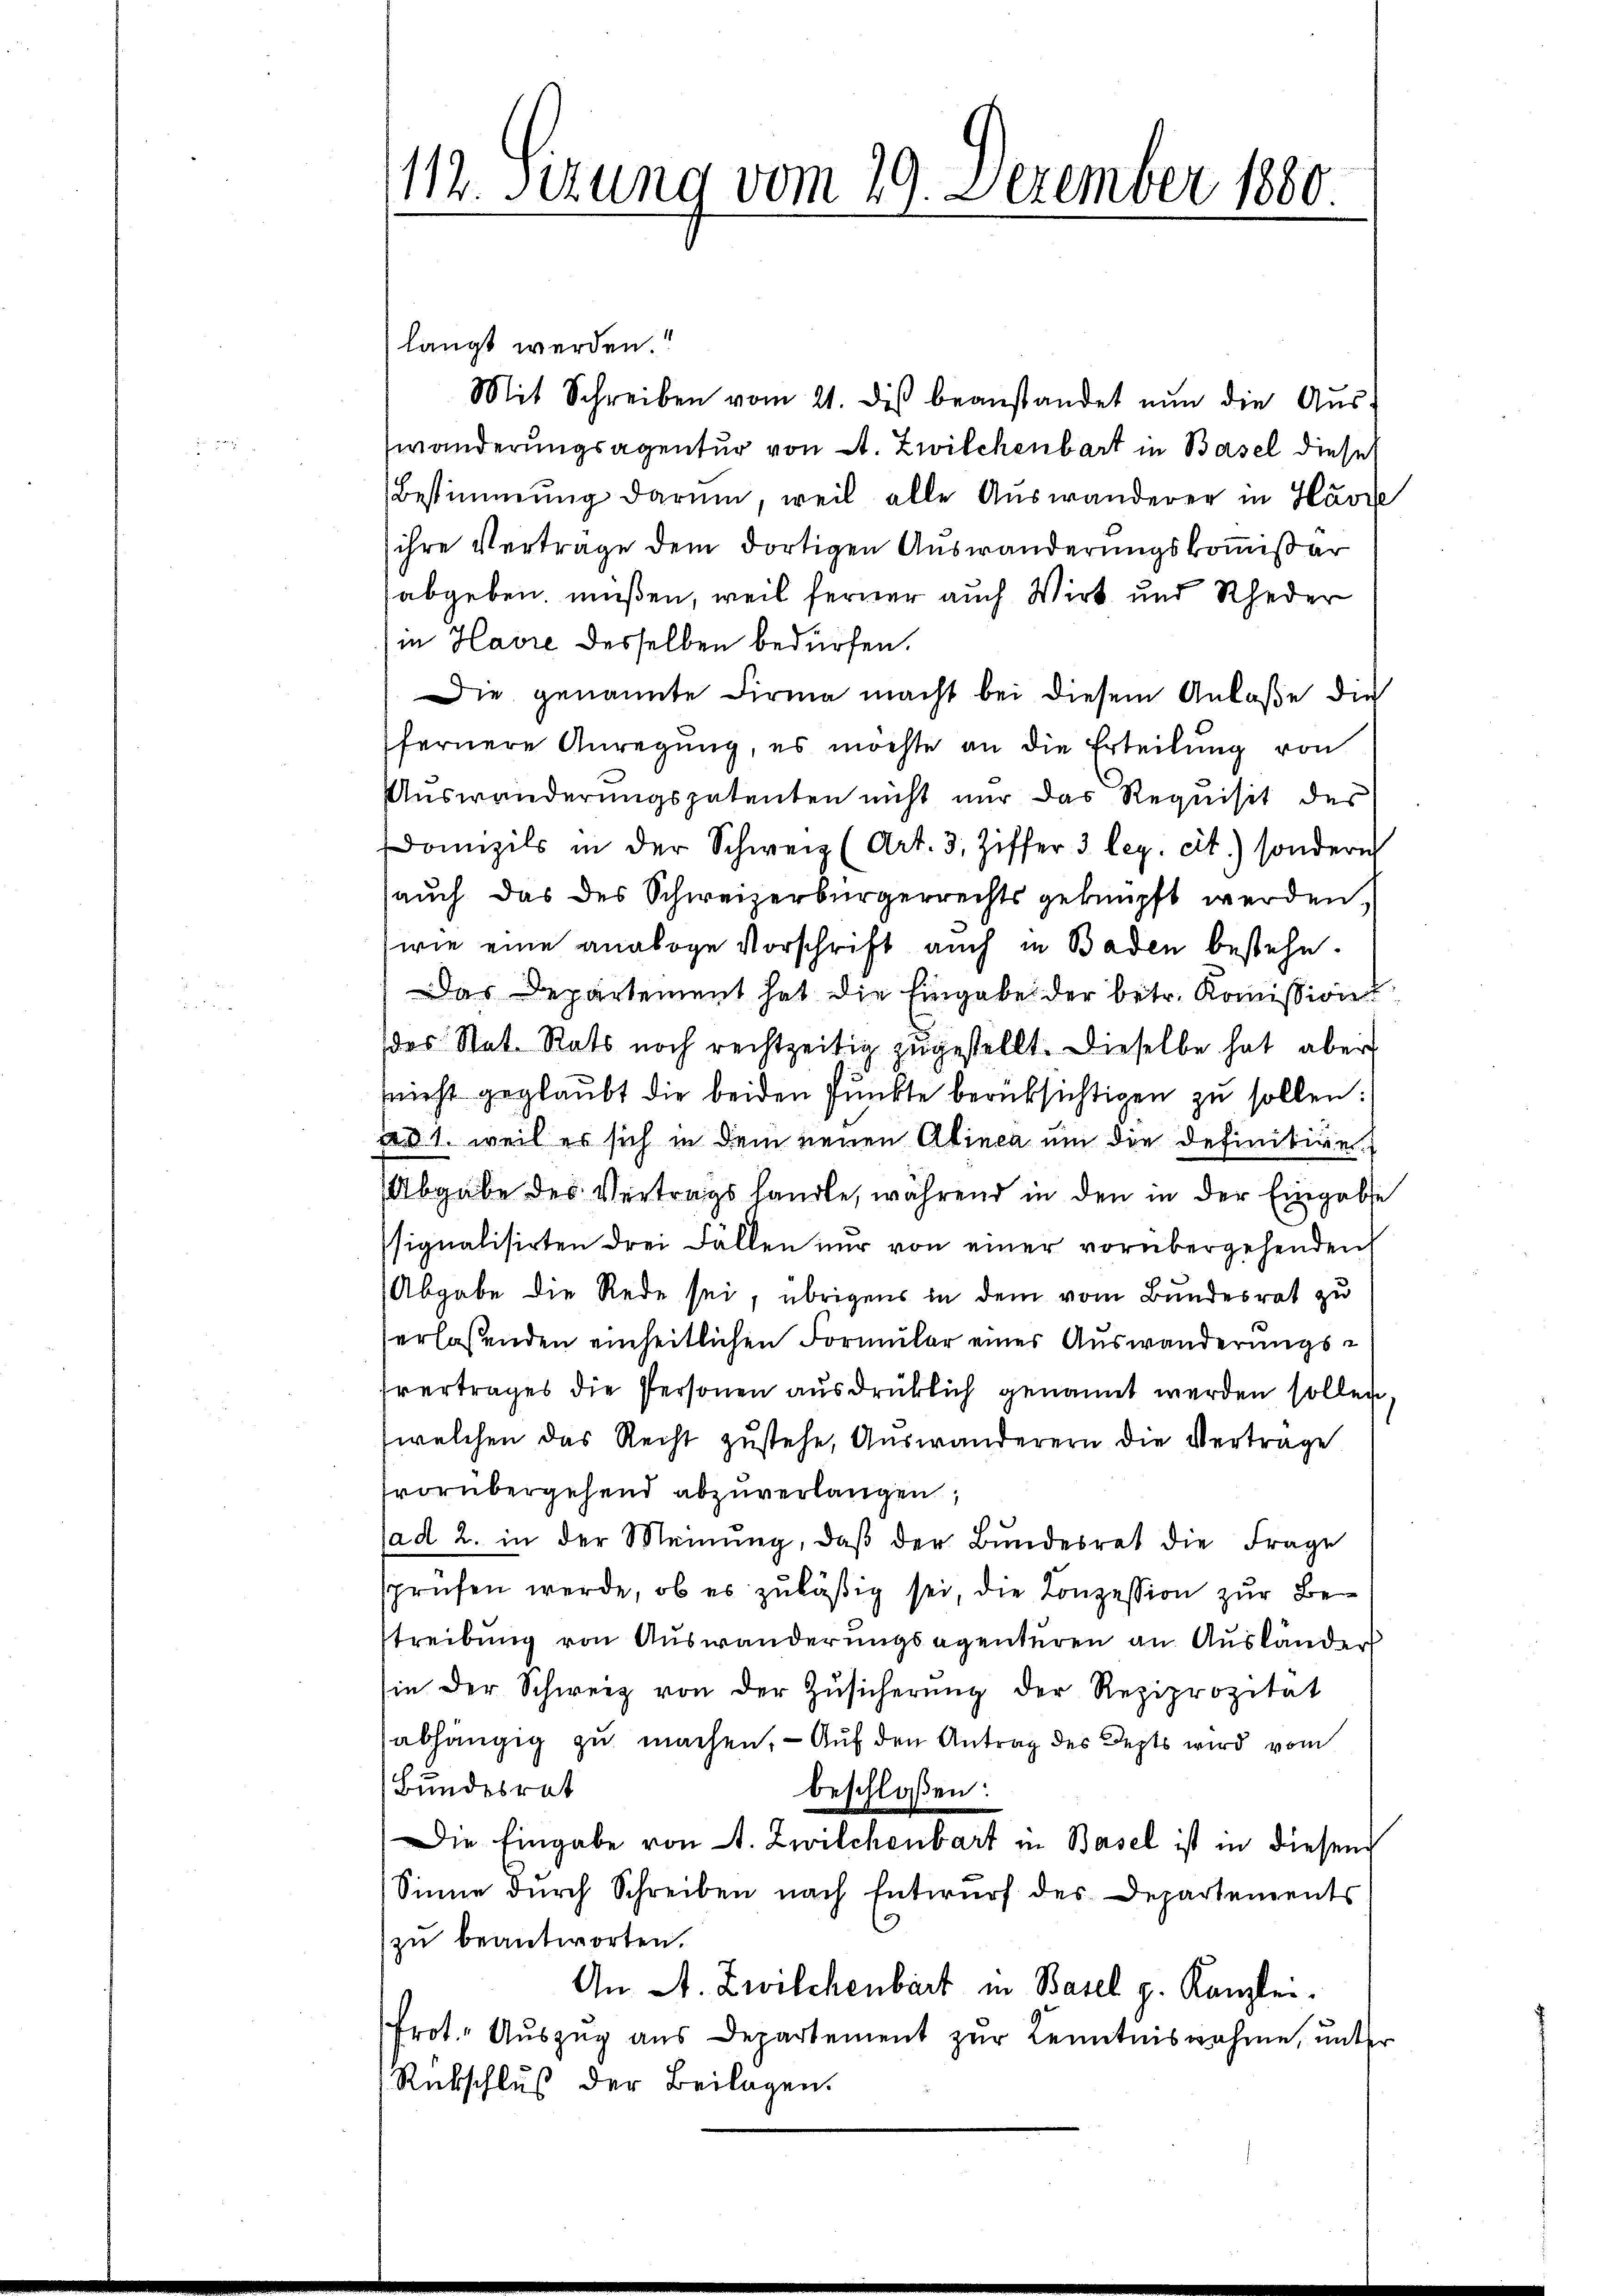
112. Sizung vom 19. Dezember 1880.

langt werden!
Mit Schreiben vom 21. des beanstandet nun die Aŭs-
wanderungsagentur von A. Zwilchenbart in Basel diese
Bestimmung darum, weil alle Auswanderer in Havre
ihre Vertrage dem dortigen Auswanderungskommißar
abgeben müßen, weil ferner auch Wirt und Rheder
in Havre desselben bedürfen.
Die genannte Firma macht bei diesem Anlaße die
fernere Anregung, es möchte an die Erteilung von
Auswanderungspatenten nicht nur das Requisit des
Donzils in der Schweiz (Art. 3, Ziffer 3 leg. cit.) sondern
(auch das des Schweizerbürgerrechts geknüpft werden,
wie eine analoge Vorschrift auch in Baden bestehe.
Das Departement hat die Eingabe der betr. Koṁission
des Stat. Rats noch rechtzeitig zugestellt. Dieselbe hat aber
snicht geglaŭbt die beiden Pŭnkte berüksichtigen zu sollen:
a 1. weil es sich in dem neuen Alinea um die definitive
Abgabe des Vertrags handle, während in den in der Eingabe
ssignalisirten drei Fällen nur von einer vorübergehenden
Abgabe die Rede sei, übrigens in dem vom Bundesrat zu
erlassenden einheitlichen Formular einer Auswanderungsfvertrages die Personen ausdrücklich genannt werden sollen,
(welchen das Recht zustehe, Auswanderern die Vertrage
vorübergehend abzuverlangen,
ad 2. in der Meinŭng, daβ der Bŭndesrat die Frage
sprüfen werde, ob es zuläßig sei, die Conzession zur Bestreibung von Auswanderungsagenturen an Ausländer
sin der Schweiz von der Zŭsicherŭng der Reziprozitat
abhängig zu machen. — Auf den Antrag des Depts wird vom
Bundesrat
beschloßen:
Die Eingabe von A. Zwilchenbart in Basel ist in diesem
Sinne durch Schreiben nach Entwurf des Departements
zu beantworten.
An A. Zwilchenbart in Basel g. Kanzlei.
Prot. Auszug aus Departement zur Kenntnisnahme, unter
Rückschluß der Beilagen.